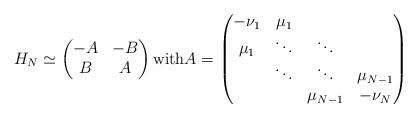
LaTeX: \begin{align*} H_N \simeq \begin{pmatrix} -A & - B \\ B & A \end{pmatrix} \mbox{with} A = \begin{pmatrix} - \nu_1 & \mu_1 & & \\\mu_1 & \ddots & \ddots & \\& \ddots & \ddots & \mu_{N-1}\\& &\mu_{N-1} & - \nu_N \end{pmatrix}\end{align*}